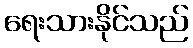
ရေးသားနိုင်သည်